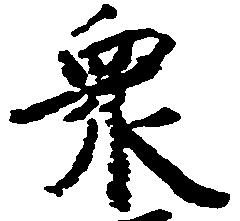
衆